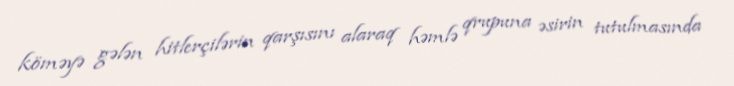
köməyə gələn hitlerçilərin qarşısını alaraq həmlə qrupuna əsirin tutulmasında